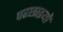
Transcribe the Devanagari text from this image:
परछाइयों